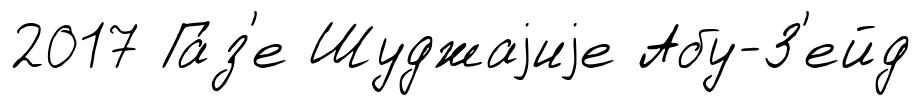
2017 Га́з'е Шуджаjиjе Абу-З'ейд